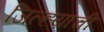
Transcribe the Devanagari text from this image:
जिल्ह्य़ाची